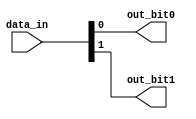
module bit_select_example (
    input [7:0] data_in,
    output reg out_bit0,
    output reg out_bit1
);

always @ (*) begin
    // Assign bit 0 of data_in to out_bit0
    out_bit0 = data_in[0];
    
    // Assign bit 1 of data_in to out_bit1
    out_bit1 = data_in[1];
end

endmodule